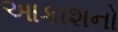
આકાશનો